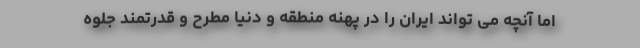
اما آنچه می تواند ایران را در پهنه منطقه و دنیا مطرح و قدرتمند جلوه